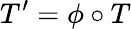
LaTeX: T^{\prime}=\phi\circ T